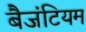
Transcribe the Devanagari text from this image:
बैजंटियम